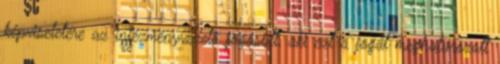
képviseletére az intézményvezető jogosult, aki ezt a jogát meghatározott